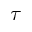
\tau